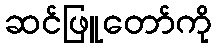
ဆင်ဖြူတော်ကို